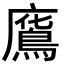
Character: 𢋥